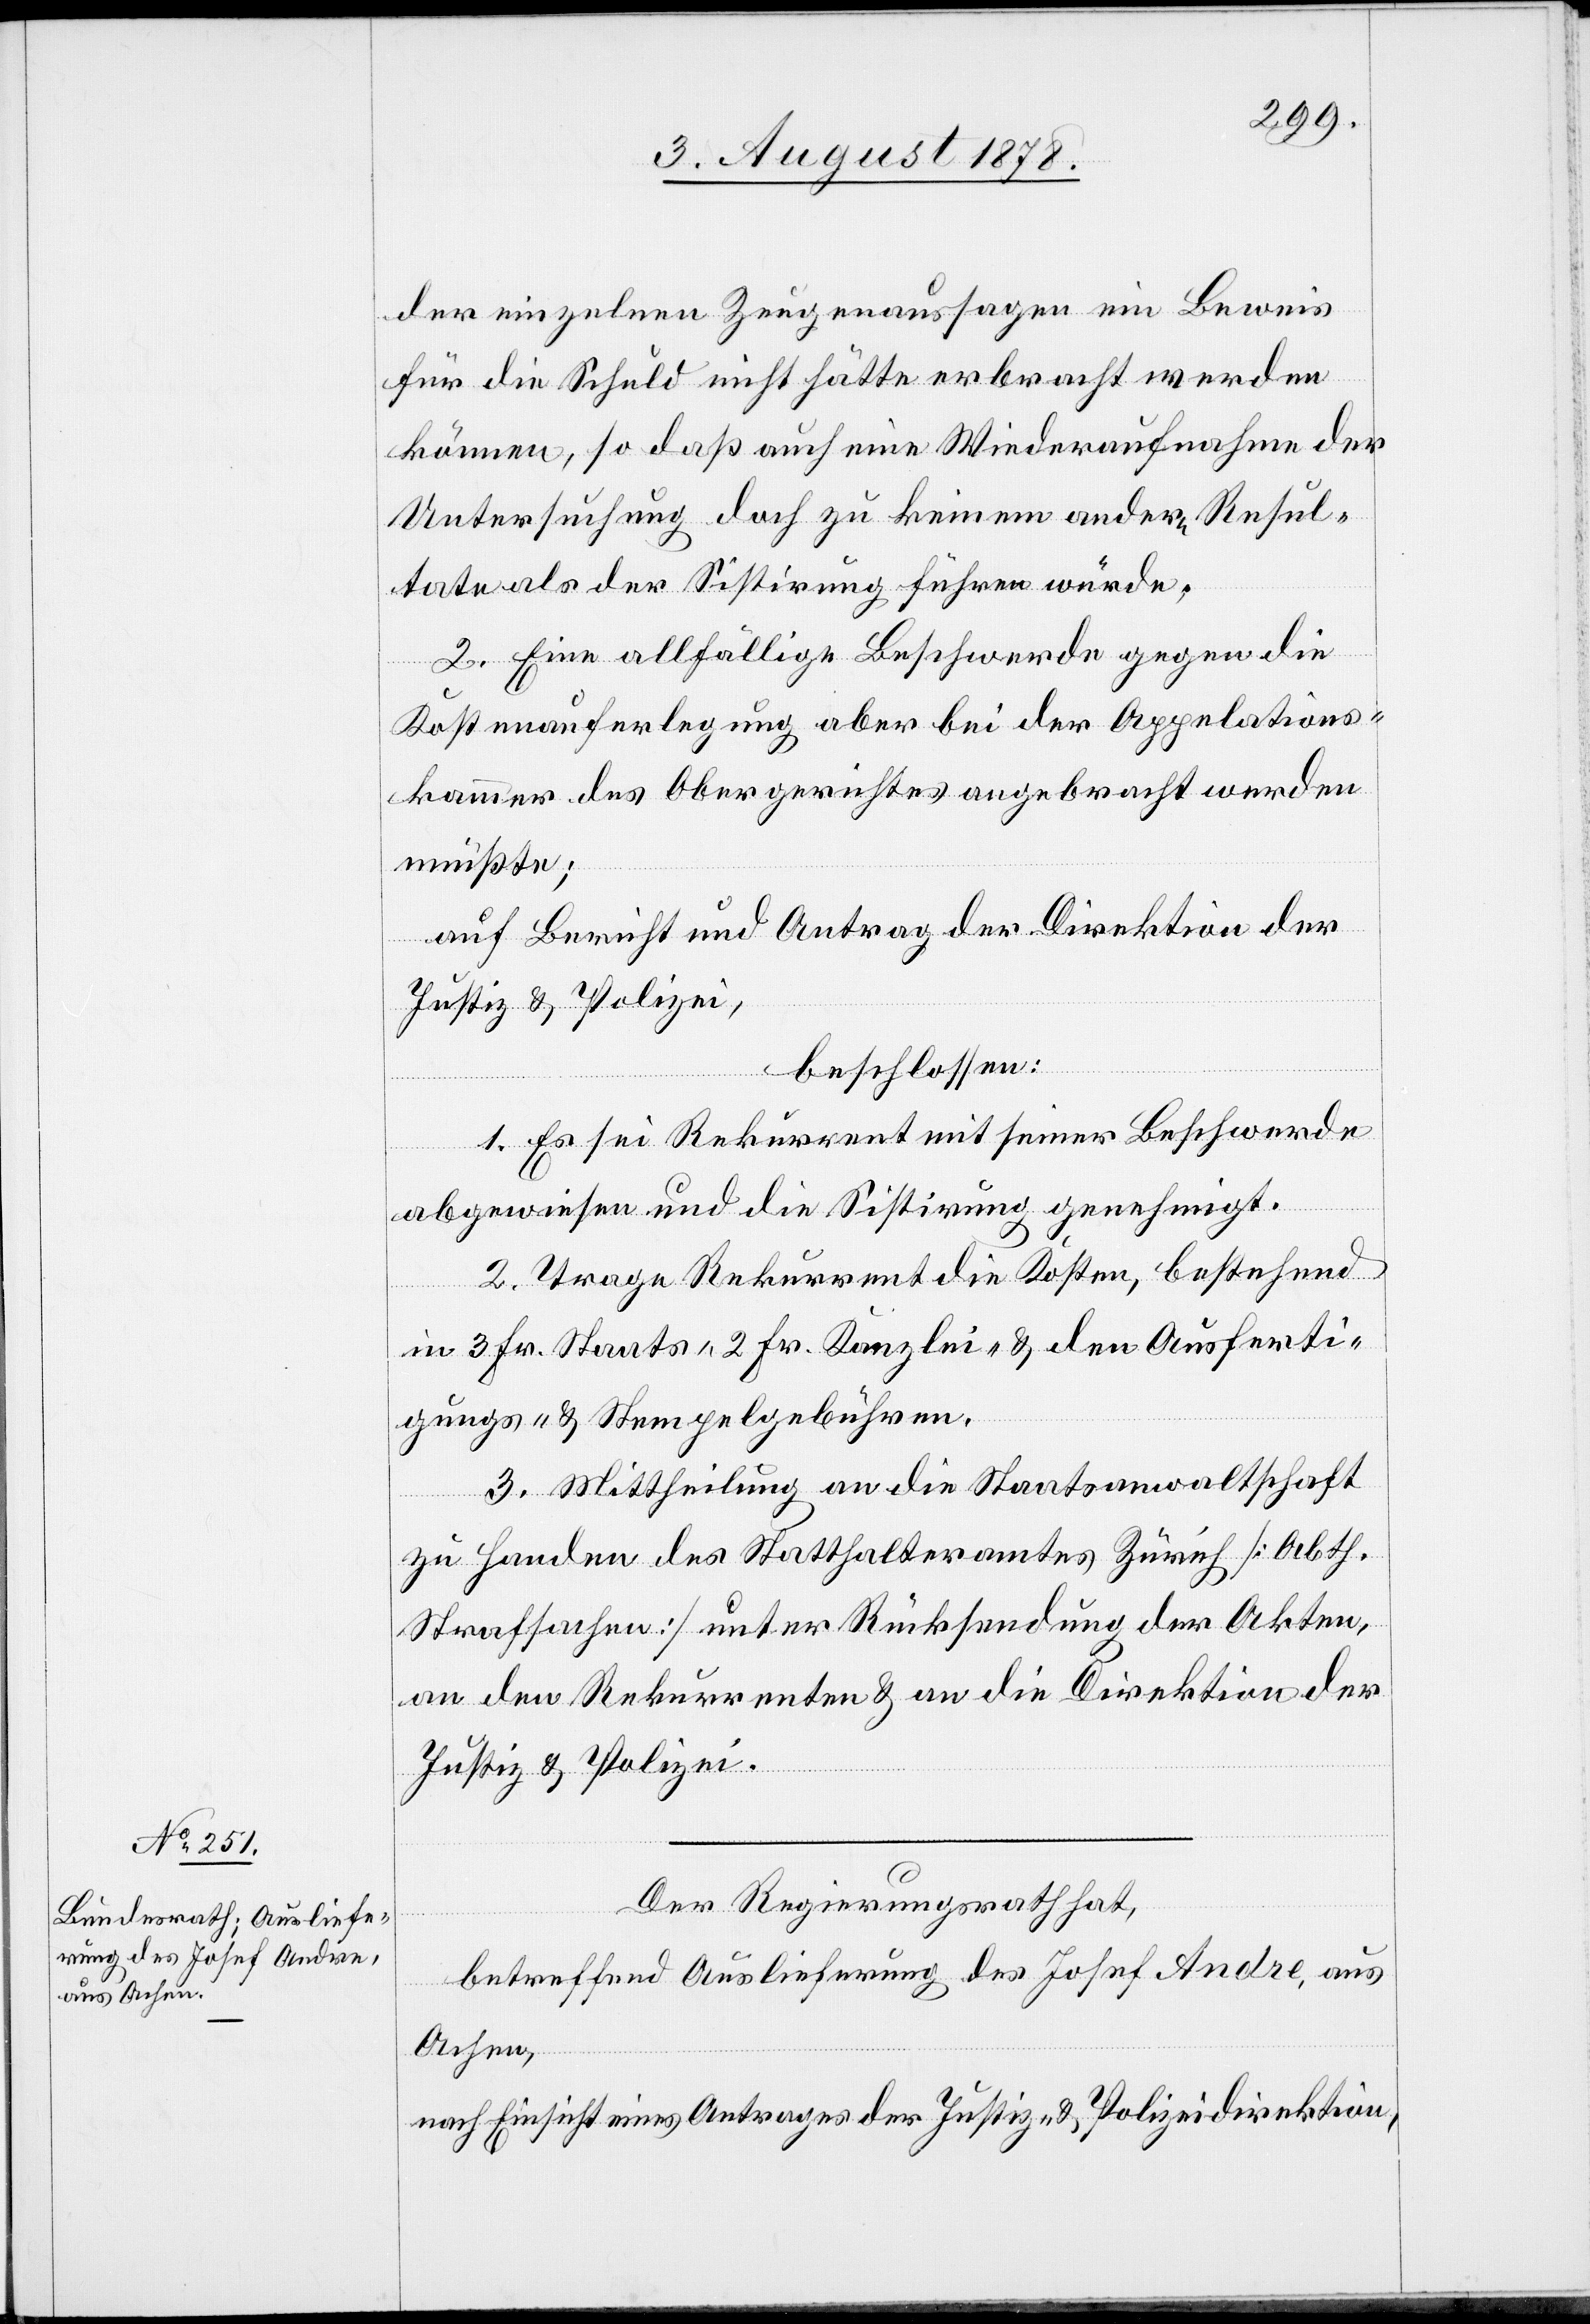
der einzelnen Zeugenaussagen ein Beweis
für die Schuld nicht hätte erbracht werden
können, so daß auch eine Wiederaufnahme der
Untersuchung doch zu keinem andern Resul¬
tate als der Sistirung führen würde.
2. Eine allfällige Beschwerde gegen die
Kostenauferlegung aber bei der Appelations¬
kammer des Obergerichtes angebracht werden
müßte;
auf Bericht und Antrag der Direktion der
Justiz & Polizei,
beschlossen:
1. Es sei Rekurrent mit seiner Beschwerde
abgewiesen und die Sistirung genehmigt.
2. Trage Rekurrent die Kosten, bestehend
in 3 Fr. Staats-[,] 2 Fr. Kanzle- & den Ausferti¬
gungs- & Stempelgebühren.
3. Mittheilung an die Staatsanwaltschaft
zu Handen des Statthalteramtes Zürich [Abth.
Strafsachen] unter Rücksendung der Akten,
an den Rekurrenten & an die Direktion der
Justiz & Polizei.
Der Regierungsrath hat,
betreffend Auslieferung des Josef Andre, aus
Achen,
nach Einsicht eines Antrages der Justiz- & Polizeidirektion,